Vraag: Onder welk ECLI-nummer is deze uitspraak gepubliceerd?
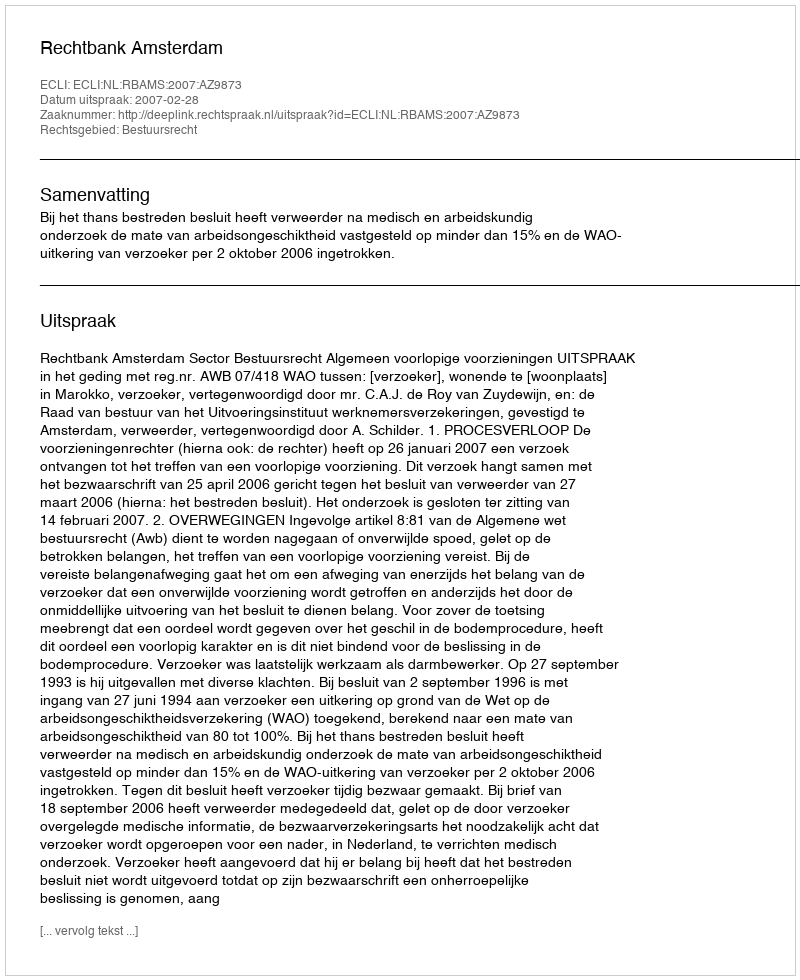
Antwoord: ECLI:NL:RBAMS:2007:AZ9873